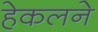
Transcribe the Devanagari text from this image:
हेकलने